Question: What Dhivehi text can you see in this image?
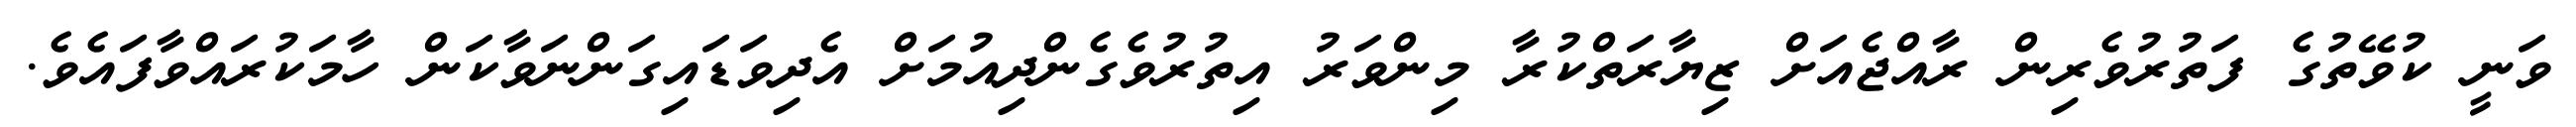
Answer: ވަނީ ކުވޭތުގެ ފަތުރުވެރިން ރާއްޖެއަށް ޒިޔާރަތްކުރާ މިންވަރު އިތުރުވެގެންދިއުމަށް އެދިވަޑައިގަންނަވާކަން ހާމަކުރައްވާފައެވެ.